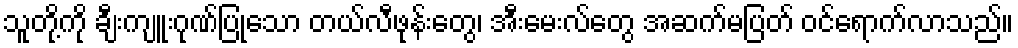
သူတို့ကို ချီးကျူးဂုဏ်ပြုသော တယ်လီဖုန်းတွေ၊ အီးမေးလ်တွေ အဆက်မပြတ် ဝင်ရောက်လာသည်။